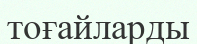
тоғайларды